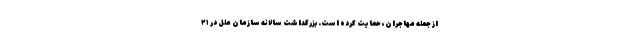
از جمله مهاجران، حمایت کرده است. بزرگداشت سالانه سازمان ملل در ۲۱